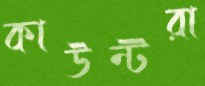
কাউন্টরা